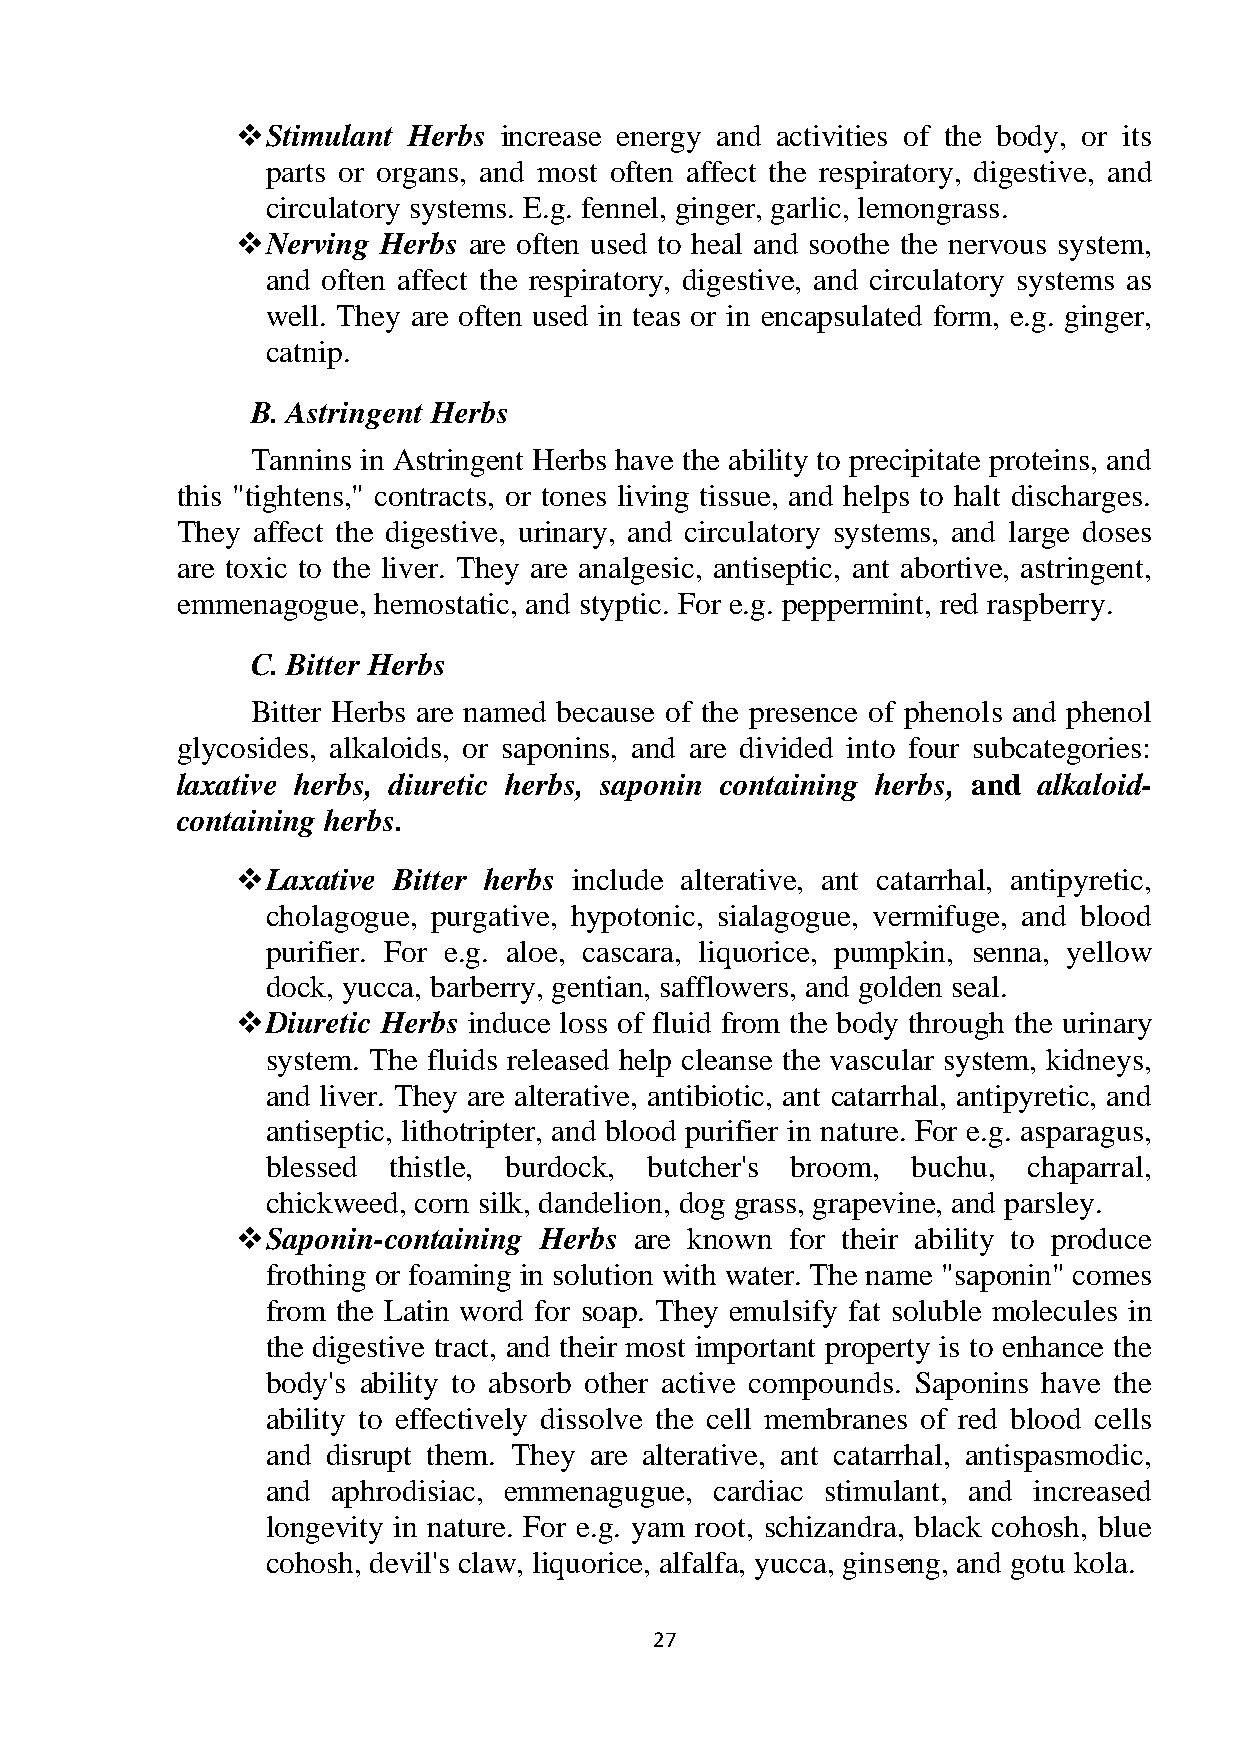
 Stimulant Herbs increase energy and activities of the body, or its
 parts or organs, and most often affect the respiratory, digestive, and
 circulatory systems. E.g. fennel, ginger, garlic, lemongrass.
  Nerving Herbs are often used to heal and soothe the nervous system,
 and often affect the respiratory, digestive, and circulatory systems as
 well. They are often used in teas or in encapsulated form, e.g. ginger,
 catnip.
 B. Astringent Herbs
 Tannins in Astringent Herbs have the ability to precipitate proteins, and
 this "tightens," contracts, or tones living tissue, and helps to halt discharges.
 They affect the digestive, urinary, and circulatory systems, and large doses
 are toxic to the liver. They are analgesic, antiseptic, ant abortive, astringent,
 emmenagogue, hemostatic, and styptic. For e.g. peppermint, red raspberry.
 C. Bitter Herbs
 Bitter Herbs are named because of the presence of phenols and phenol
 glycosides, alkaloids, or saponins, and are divided into four subcategories:
 laxative herbs, diuretic herbs, saponin containing herbs, and alkaloid-
 containing herbs.
  Laxative Bitter herbs include alterative, ant catarrhal, antipyretic,
 cholagogue, purgative, hypotonic, sialagogue, vermifuge, and blood
 purifier. For e.g. aloe, cascara, liquorice, pumpkin, senna, yellow
 dock, yucca, barberry, gentian, safflowers, and golden seal.
  Diuretic Herbs induce loss of fluid from the body through the urinary
 system. The fluids released help cleanse the vascular system, kidneys,
 and liver. They are alterative, antibiotic, ant catarrhal, antipyretic, and
 antiseptic, lithotripter, and blood purifier in nature. For e.g. asparagus,
 blessed thistle, burdock, butcher's broom, buchu, chaparral,
 chickweed, corn silk, dandelion, dog grass, grapevine, and parsley.
  Saponin-containing Herbs are known for their ability to produce
 frothing or foaming in solution with water. The name "saponin" comes
 from the Latin word for soap. They emulsify fat soluble molecules in
 the digestive tract, and their most important property is to enhance the
 body's ability to absorb other active compounds. Saponins have the
 ability to effectively dissolve the cell membranes of red blood cells
 and disrupt them. They are alterative, ant catarrhal, antispasmodic,
 and aphrodisiac, emmenagugue, cardiac stimulant, and increased
 longevity in nature. For e.g. yam root, schizandra, black cohosh, blue
 cohosh, devil's claw, liquorice, alfalfa, yucca, ginseng, and gotu kola.
 27